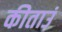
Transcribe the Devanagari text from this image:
कीताउं